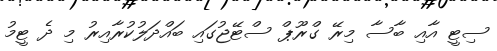
ސިޓީ އާއި ބާސާ މިރޭ ގްރޫޕް ސްޓޭޖުގައި ބައްދަލުކުރާއިރު މި ދެ ޓީމު